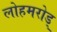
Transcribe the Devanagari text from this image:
लोहमरोड्